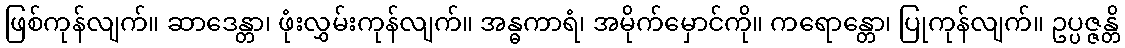
ဖြစ်ကုန်လျက်။ ဆာဒေန္တာ၊ ဖုံးလွှမ်းကုန်လျက်။ အန္ဓကာရံ၊ အမိုက်မှောင်ကို။ ကရောန္တော၊ ပြုကုန်လျက်။ ဥပ္ပဇ္ဇန္တိ